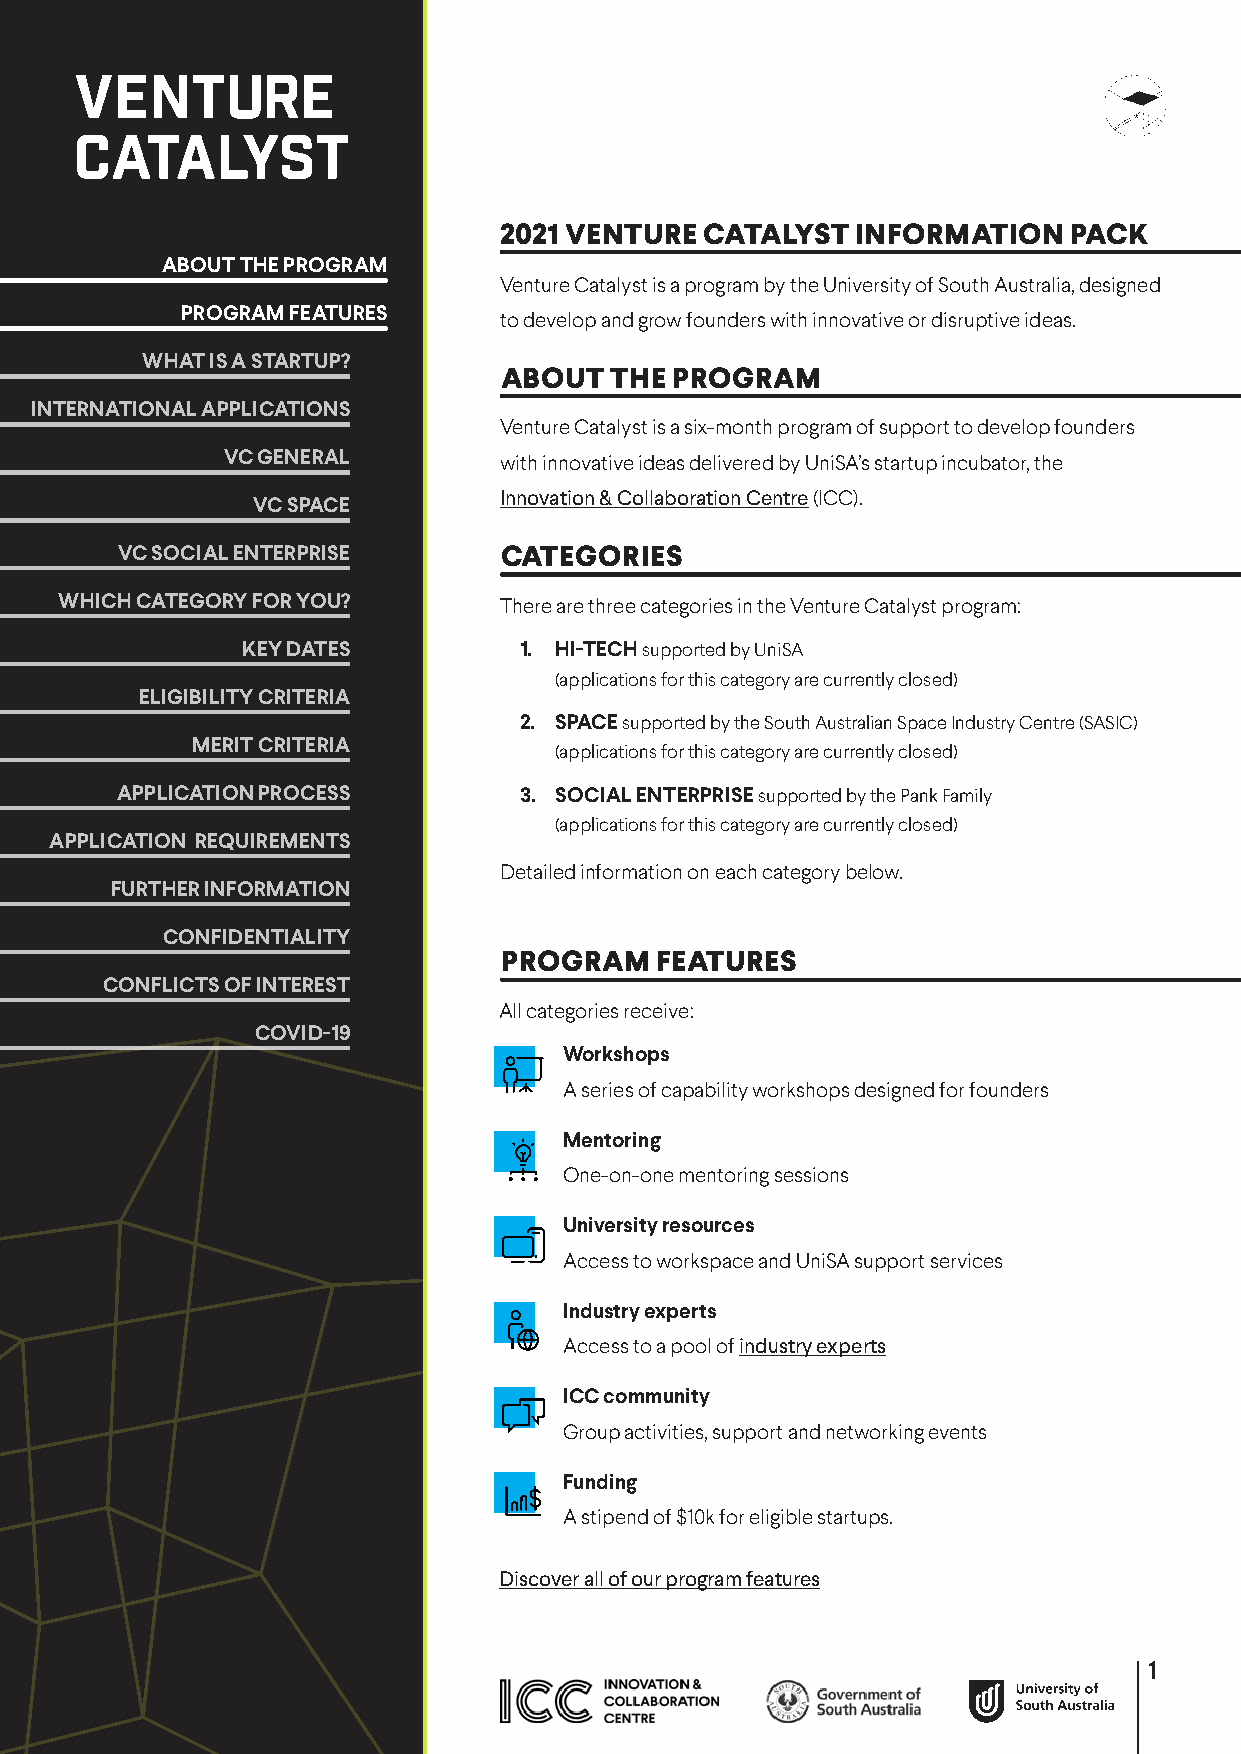
2021 VENTURE  CATALYST  INFORMATION   PACK
 ABOUT THE PROGRAM
 Venture Catalyst is a program by the University of South Australia, designed
 PROGRAM FEATURES     to develop and grow founders with innovative or disruptive ideas.
 WHAT IS A STARTUP?
 ABOUT  THE PROGRAM
 INTERNATIONAL APPLICATIONS
 Venture Catalyst is a six-month program of support to develop founders
 VC GENERAL        with innovative ideas delivered by UniSA’s startup incubator, the
 Innovation & Collaboration Centre (ICC).
 VC SPACE
 VC SOCIAL ENTERPRISE     CATEGORIES
 WHICH CATEGORY FOR YOU?      There are three categories in the Venture Catalyst program:
 KEY DATES         1. HI-TECH supported by UniSA
 (applications for this category are currently closed)
 ELIGIBILITY CRITERIA
 2. SPACE supported by the South Australian Space Industry Centre (SASIC)
 MERIT CRITERIA
 (applications for this category are currently closed)
 APPLICATION PROCESS       3. SOCIAL ENTERPRISE supported by the Pank Family
 (applications for this category are currently closed)
 APPLICATION REQUIREMENTS
 Detailed information on each category below.
 FURTHER INFORMATION
 CONFIDENTIALITY
 PROGRAM   FEATURES
 CONFLICTS OF INTEREST
 All categories receive:
 COVID-19
 Workshops
 A series of capability workshops designed for founders
 Mentoring
 One-on-one mentoring sessions
 University resources
 Access to workspace and UniSA support services
 Industry experts
 Access to a pool of industry experts
 ICC community
 Group activities, support and networking events
 Funding
 A stipend of $10k for eligible startups.
 Discover all of our program features
 1